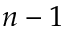
n - 1